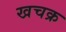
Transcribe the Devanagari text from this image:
खचक्र